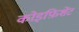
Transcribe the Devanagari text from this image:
कोइफ़िशेंट